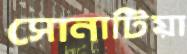
সোনাটিয়া